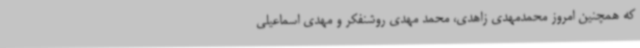
که همچنین امروز محمدمهدی زاهدی، محمد مهدی روشنفکر و مهدی اسماعیلی